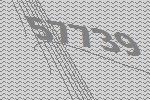
57739